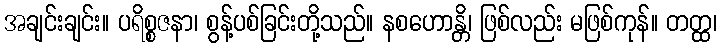
အချင်းချင်း။ ပရိစ္စဇနာ၊ စွန့်ပစ်ခြင်းတို့သည်။ နစဟောန္တိ၊ ဖြစ်လည်း မဖြစ်ကုန်။ တတ္ထ၊